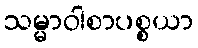
သမ္မာဝါစာပစ္စယာ